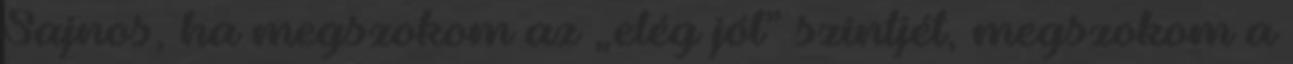
Sajnos, ha megszokom az „elég jól” szintjét, megszokom a